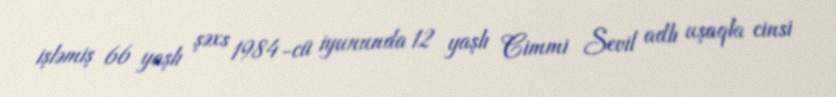
işləmiş 66 yaşlı şəxs 1984-cü iyununda 12 yaşlı Cimmi Sevil adlı uşaqla cinsi